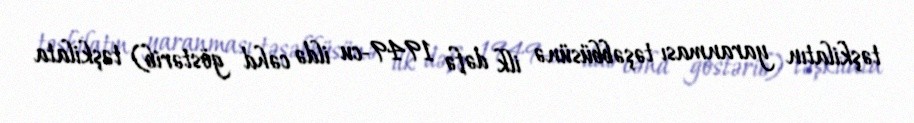
təşkilatın yaranması təşəbbüsünə ilk dəfə 1949-cu ildə cəhd göstərib) təşkilata